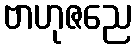
ဗာဟုဇညေ